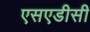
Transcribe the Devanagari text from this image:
एसएडीसी